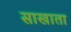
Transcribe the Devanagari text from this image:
साखाता